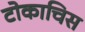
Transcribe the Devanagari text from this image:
टोकाचिस